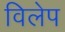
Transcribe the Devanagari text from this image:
विलेप